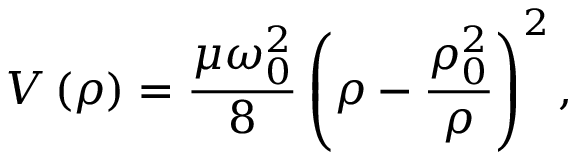
V \left( \rho \right) = \frac { \mu \omega _ { 0 } ^ { 2 } } { 8 } \left( { \rho } - \frac { \rho _ { 0 } ^ { 2 } } { \rho } \right) ^ { 2 } ,